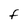
Character: F